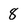
Character: 8